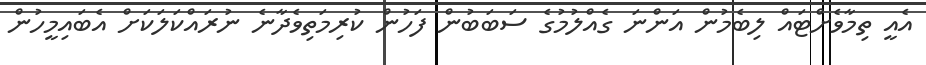
އެއީ ތިމާވެށްޓައް ލިބެމުން އަންނަ ގެއްލުމުގެ ސަބަބުން ފަހުން ކުރިމަތިވެދާނެ ނުރައްކަލަކަށް އެބައިމީހުން